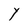
Character: Y